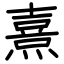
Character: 熹